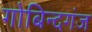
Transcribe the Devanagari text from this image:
गोबिन्दगंज